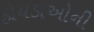
કોયડાઓની